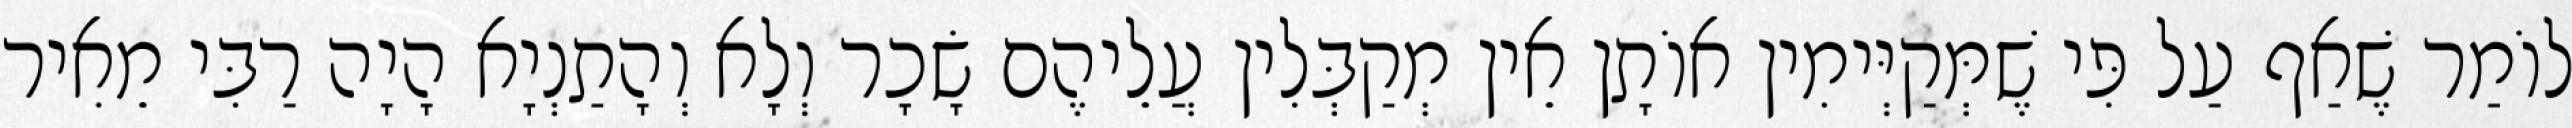
לוֹמַר שֶׁאַף עַל פִּי שֶׁמְּקַיְּימִין אוֹתָן אֵין מְקַבְּלִין עֲלֵיהֶם שָׂכָר וְלָא וְהָתַנְיָא הָיָה רַבִּי מֵאִיר